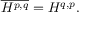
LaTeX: { \overline { { H ^ { p , q } } } } = H ^ { q , p } .